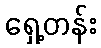
ရှေ့တန်း